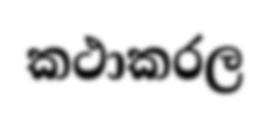
කථාකරල